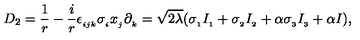
D _ { 2 } = \frac { 1 } { r } - \frac { i } { r } \epsilon _ { _ { i j k } } \sigma _ { _ { i } } x _ { _ { j } } \partial _ { _ { k } } = \sqrt { 2 \lambda } ( \sigma _ { _ { 1 } } I _ { _ { 1 } } + \sigma _ { _ { 2 } } I _ { _ { 2 } } + \alpha \sigma _ { _ { 3 } } I _ { _ { 3 } } + \alpha I ) ,